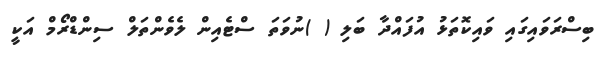
ބިސްރަވައިގައި ވައިކޮތަޅު އުފައްދާ ބަލި ( )ނުވަތަ ސްޓެއިން ލެވެންތަލް ސިންޑްރޯމް އަކީ